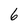
Character: 6